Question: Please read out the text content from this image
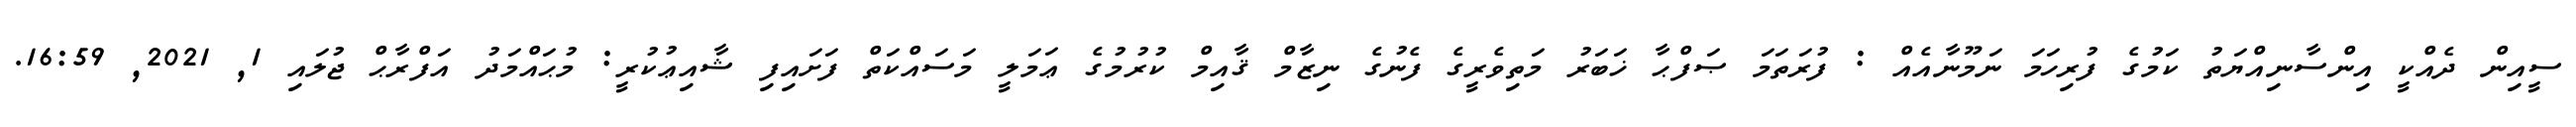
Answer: ސީއިން ދެއްކީ އިންސާނިއްޔަތު ކަމުގެ ފުރިހަމަ ނަމޫނާއެއް : ފުރަތަމަ ޞަފްޙާ ޚަބަރު މަތިވެރީގެ ފެނުގެ ނިޒާމް ޤާއިމް ކުރުމުގެ ޢަމަލީ މަސައްކަތް ފަށައިފި ޝާއިޢުކުރީ: މުޙައްމަދު އަފްރާޙް ޖުލައި 1, 2021, 16:59.